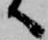
へ